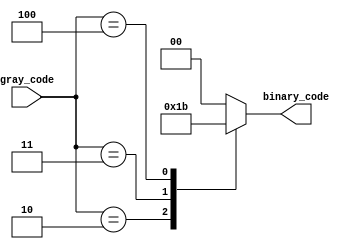
module gray_priority_encoder (
  input [n-1:0] gray_code,
  output reg [log2n-1:0] binary_code
);

parameter n = 4; // number of input signals
parameter log2n = $clog2(n); // log base 2 of n

always @* begin
  case(gray_code)
    4'b0001: binary_code = 2'b00;
    4'b0010: binary_code = 2'b01;
    4'b0011: binary_code = 2'b10;
    4'b0100: binary_code = 2'b11;
    default: binary_code = 2'b00;
  endcase
end

endmodule